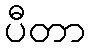
ပီတာ